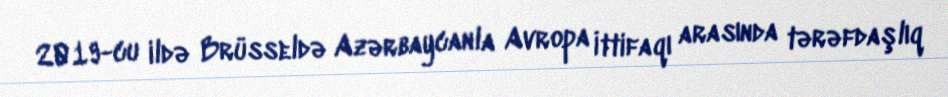
2019-cu ildə Brüsseldə Azərbaycanla Avropa İttifaqı arasında tərəfdaşlıq